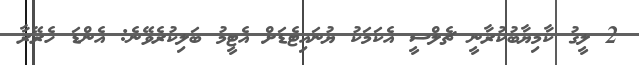
2 ލީގު ކާމިޔާބުކުރާނީ ޗެލްސީ އެކަމަކު ޔުނައިޓެޑަށް އެޓީމު ބަލިކުރެވޭނެ: އެންޑަ ހެރޭރާ